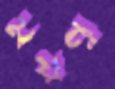
ময়নু